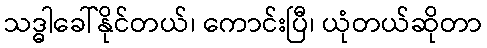
သဒ္ဓါခေါ်နိုင်တယ်၊ ကောင်းပြီ၊ ယုံတယ်ဆိုတာ